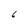
Character: 6